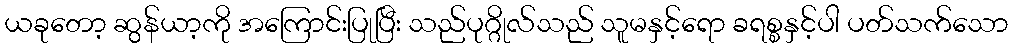
ယခုတော့ ဆွန်ယာ့ကို အကြောင်းပြုပြီး သည်ပုဂ္ဂိုလ်သည် သူမနှင့်ရော ခရစ္စနှင့်ပါ ပတ်သက်သော